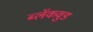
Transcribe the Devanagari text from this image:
ब्लॅकवुड